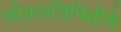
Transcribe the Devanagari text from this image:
लोकप्रतिनिधींचे